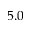
5 . 0